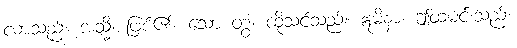
လာသည်။ အသ္မိ၊ ဖြစ်၏။ သော တွံ၊ ထိုသင်သည်။ ဣမိနာ၊ ဤထမင်းသည်။